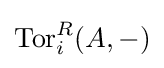
\operatorname {Tor} _{i}^{R}(A,-)